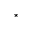
^ \star